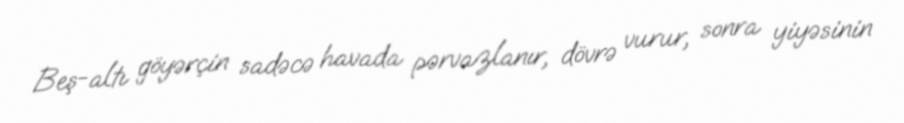
Beş-altı göyərçin sadəcə havada pərvazlanır, dövrə vurur, sonra yiyəsinin